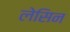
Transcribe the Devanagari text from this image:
लेसिन